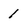
Character: 1